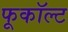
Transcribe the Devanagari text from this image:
फूकॉल्ट